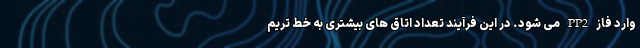
وارد فاز PP2 می شود. در این فرآیند تعداد اتاق های بیشتری به خط تریم